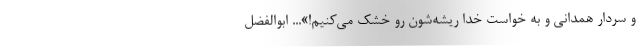
و سردار همدانیِ و به خواست خدا ریشه‌شون رو خشک می‌کنیم!»... ابوالفضل